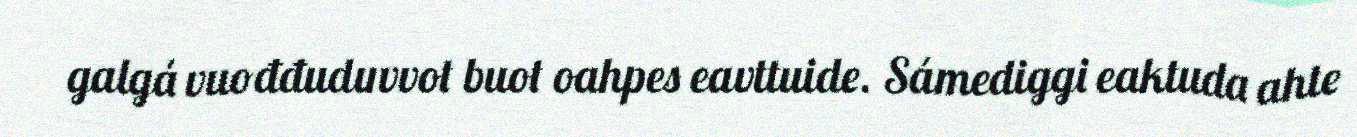
galgá vuođđuduvvot buot oahpes eavttuide. Sámediggi eaktuda ahte